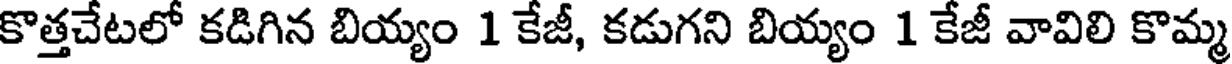
కొత్తచేటలో కడిగిన బియ్యం 1 కేజీ, కడుగని బియ్యం 1 కేజీ వావిలి కొమ్మ